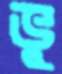
ভু